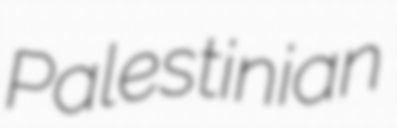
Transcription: Palestinian